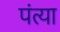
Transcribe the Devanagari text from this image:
पंत्या